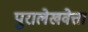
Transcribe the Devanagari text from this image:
पुरालेखवेत्ता